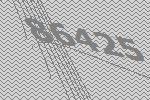
86425